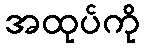
အထုပ်ကို